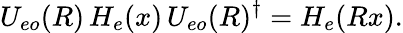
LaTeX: U_{eo}(R)\, H_{e}(x)\, U_{eo}(R)^{\dagger}=H_{e}(Rx).